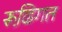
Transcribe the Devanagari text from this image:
रूढि़गत